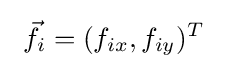
\ {\vec {f}}_{i}=(f_{ix},f_{iy})^{T}\